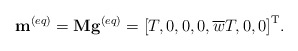
\begin{align*}{{{\bf{ m}}}^{\left( {eq} \right)}} = {\bf{M}}{{\bf{g}}^{\left( {eq} \right)}} = {\left[ {T,0,0,0,\overline w T,0,0} \right]^{\rm T}}. \end{align*}